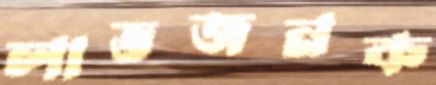
লাভজনক